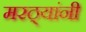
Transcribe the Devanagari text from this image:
मरठ्यांनी